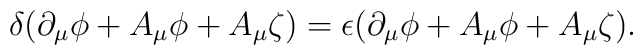
\delta ( \partial_{\mu} \phi + A_{\mu} \phi + A_{\mu} \zeta ) =  \epsilon (\partial_{\mu} \phi + A_{\mu} \phi + A_{\mu} \zeta ) .